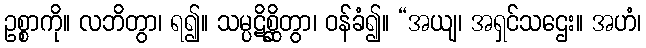
ဥစ္စာကို။ လဘိတွာ၊ ရ၍။ သမ္ပဋိစ္ဆိတွာ၊ ဝန်ခံ၍။ “အယျ၊ အရှင်သဌေး။ အဟံ၊